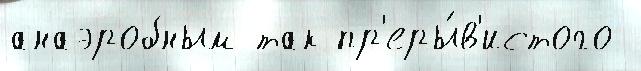
анаэробным так пр'еры́в'истого